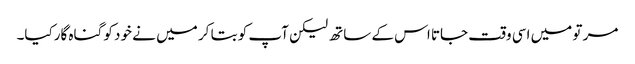
مر تو میں اسی وقت جاتا اس کے ساتھ لیکن آپ کو بتا کر میں نے خود کو گناہ گارکیا۔